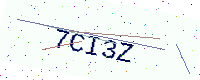
Text: 7CI3Z